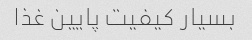
بسیار کیفیت پایین غذا